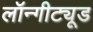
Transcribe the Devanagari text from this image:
लॉन्गीट्यूड